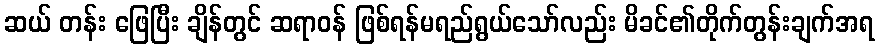
ဆယ် တန်း ဖြေပြီး ချိန်တွင် ဆရာဝန် ဖြစ်ရန်မရည်ရွယ်သော်လည်း မိခင်၏တိုက်တွန်းချက်အရ